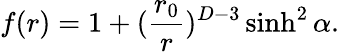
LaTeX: f(r)=1+({\frac{r_{0}}{r}})^{D-3}\sinh^{2}\alpha.